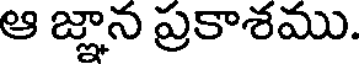
ఆ జ్ఞాన ప్రకాశము.